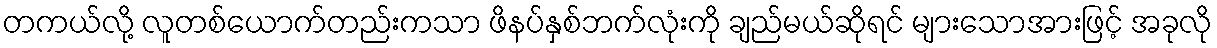
တကယ်လို့ လူတစ်ယောက်တည်းကသာ ဖိနပ်နှစ်ဘက်လုံးကို ချည်မယ်ဆိုရင် များသောအားဖြင့် အခုလို